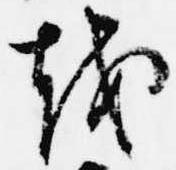
越